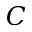
C